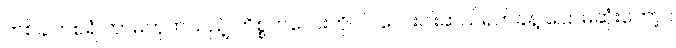
တစ်ခါတစ်ရံ ဘာမဟုတ်သည့် ကိစ္စကလေးကိုပင် လေးငါးဆယ်ရက်ခန့် ပြောမဆုံးတော့ ။